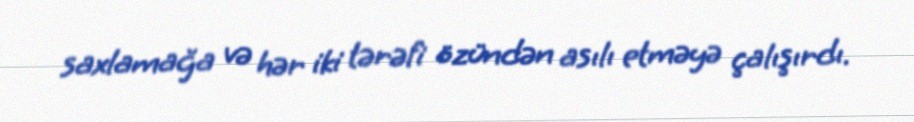
saxlamağa və hər iki tərəfi özündən asılı etməyə çalışırdı.